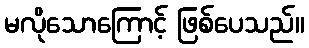
မလိုသောကြောင့် ဖြစ်ပေသည်။